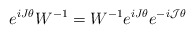
\begin{align*}e^{iJ\theta}W^{-1} = W^{-1}e^{iJ\theta}e^{-i{\cal J}\theta}\end{align*}